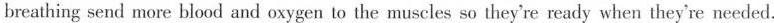
breathing send more blood and oxygen to the muscles so they're ready when they're needed.